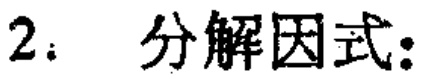
2. 分解因式: